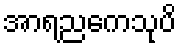
အာရညကေသုပိ